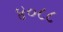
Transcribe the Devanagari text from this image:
४०८८